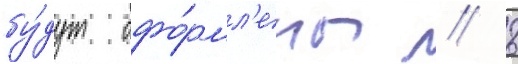
бу́дут офо́рмл'ены // 8